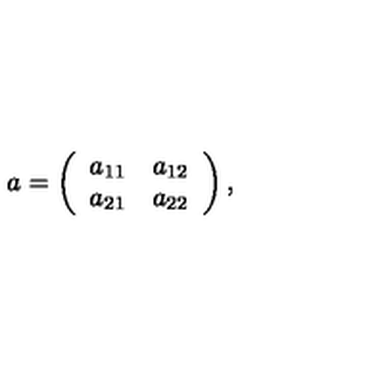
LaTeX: a = \left( \begin{array} { c c } { a _ { 1 1 } } & { a _ { 1 2 } } \\ { a _ { 2 1 } } & { a _ { 2 2 } } \\ \end{array} \right) ,